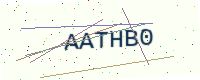
Text: AATHB0